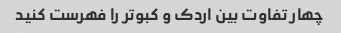
چهار تفاوت بین اردک و کبوتر را فهرست کنید